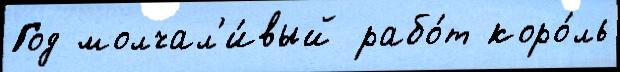
Год молчал'и́вый рабо́т коро́ль